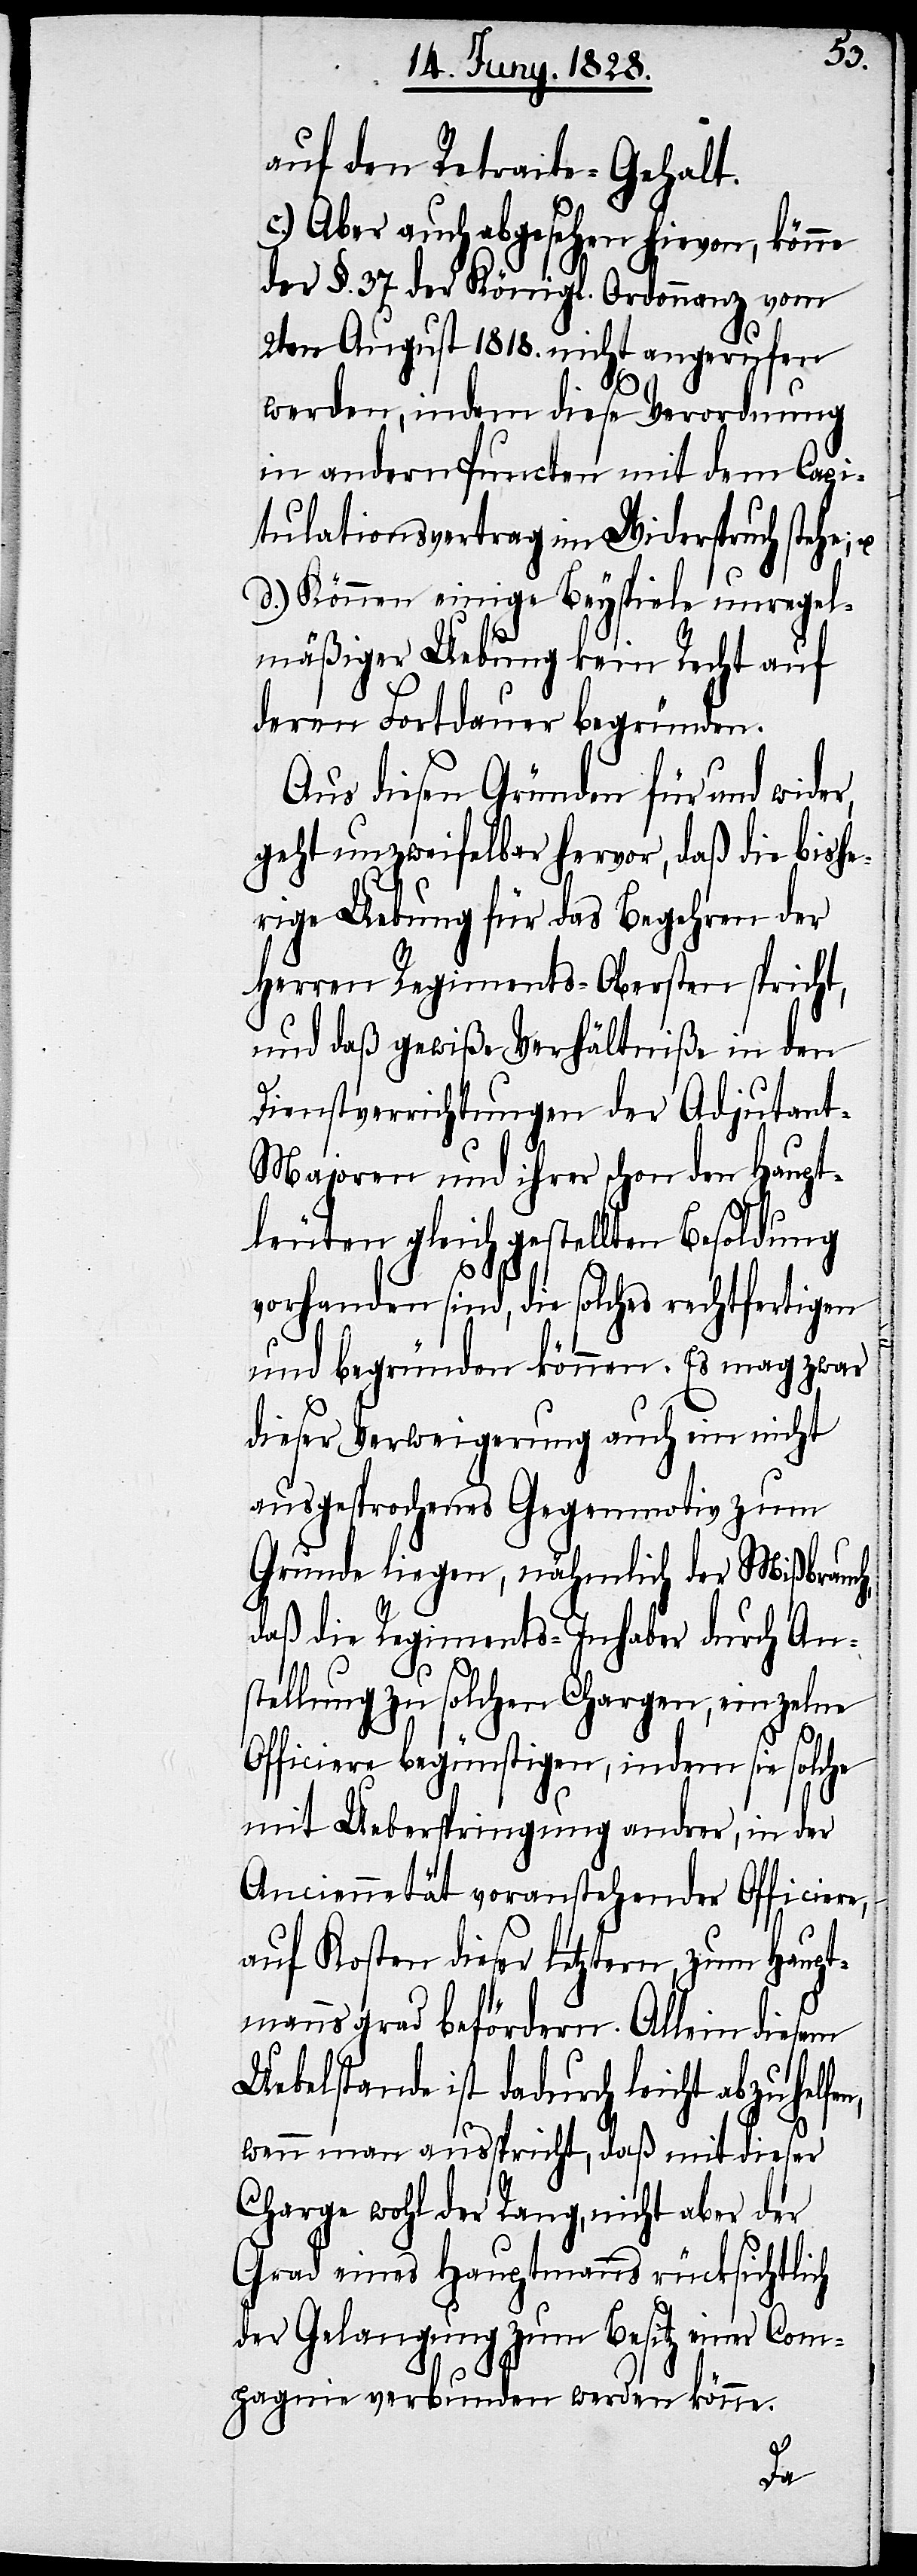
auf den Retraite-Gehalt.
c.) Aber auch abgesehen hievon, könne
der §. 37. der Königl. Ordonnanz vom
2ten August 1818. nicht angerufen
werden, indem diese Verordnung
in andern Puncten mit dem Capi¬
tulationsvertrag im Widerspruch stehe;
d.) Können einige Beyspiele unregel¬
mäßiger Uebung kein Recht auf
deren Fortdauer begründen.
Aus diesen Gründen für und wider,
geht unzweifelbar hervor, daß die bishe¬
n,
rige Uebung für das Begehren der
Herren Regiments-Obersten spricht,
und daß gewiße Verhältniße in den
Dienstverrichtungen der Adjutan¬
t-Majoren und ihrer schon den Haupt¬
leuten gleichgestellten Besoldung
vorhanden sind, die solches rechtfertigen
und begründen können. Es mag zwar
dieser Verweigerung auch ein nicht
ausgesprochenes Gegenmotiv zum
Grunde liegen, nähmlich der Mißbrauch,
daß die Regiments-Inhaber durch An¬
stellung zu solchen Chargen, einzelne
Officiere begünstigen, indem sie solche
mit Ueberspringung andrer, in der
Anciennetät voranstehender Officiere,
auf Kosten dieser letztern, zum Haupt¬
mannsgrad befördern. Allein diesem
Uebelstande ist dadurch leicht abzuhelfe¬
wenn man ausspricht, daß mit dieser
Charge wohl der Rang, nicht aber der
Grad eines Hauptmanns rücksichtlich
der Gelangung zum Besitz einer Com¬
pagnie verbunden werden könne.
u.